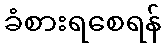
ခံစားရစေရန်